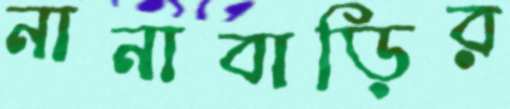
নানাবাড়ির